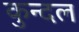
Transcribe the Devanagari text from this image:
कुन्दल